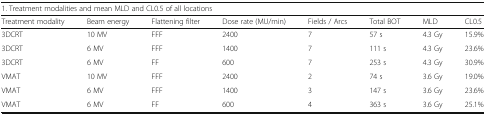
<table><thead><tr><td colspan="8"><b>1. Treatment modalities and mean MLD and CL0.5 of all locations</b></td></tr><tr><td><b>Treatment modality</b></td><td><b>Beam energy</b></td><td><b>Flattening filter</b></td><td><b>Dose rate (MU/min)</b></td><td><b>Fields / Arcs</b></td><td><b>Total BOT</b></td><td><b>MLD</b></td><td><b>CL0.5</b></td></tr></thead><tbody><tr><td>3DCRT</td><td>10 MV</td><td>FFF</td><td>2400</td><td>7</td><td>57 s</td><td>4.3 Gy</td><td>15.9%</td></tr><tr><td>3DCRT</td><td>6 MV</td><td>FFF</td><td>1400</td><td>7</td><td>111 s</td><td>4.3 Gy</td><td>23.6%</td></tr><tr><td>3DCRT</td><td>6 MV</td><td>FF</td><td>600</td><td>7</td><td>253 s</td><td>4.3 Gy</td><td>30.9%</td></tr><tr><td>VMAT</td><td>10 MV</td><td>FFF</td><td>2400</td><td>2</td><td>74 s</td><td>3.6 Gy</td><td>19.0%</td></tr><tr><td>VMAT</td><td>6 MV</td><td>FFF</td><td>1400</td><td>3</td><td>147 s</td><td>3.6 Gy</td><td>23.6%</td></tr><tr><td>VMAT</td><td>6 MV</td><td>FF</td><td>600</td><td>4</td><td>363 s</td><td>3.6 Gy</td><td>25.1%</td></tr></tbody></table>